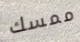
ممسك